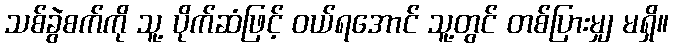
သစ်ခွဲစက်ကို သူ့ ပိုက်ဆံဖြင့် ဝယ်ရအောင် သူ့တွင် တစ်ပြားမျှ မရှိ။